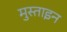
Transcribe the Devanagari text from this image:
मुस्ताइन